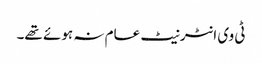
ٹی وی انٹرنیٹ عام نہ ہوئے تھے۔